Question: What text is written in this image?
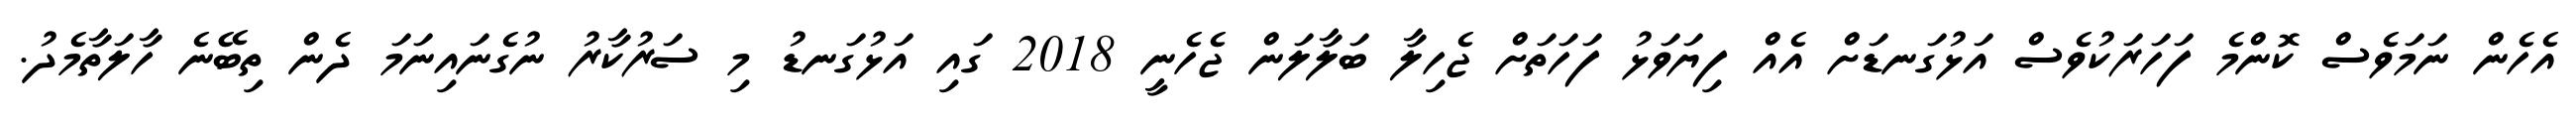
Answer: އެހެން ނަމަވެސް ކޮންމެ ފަހަރަކުވެސް އަޅުގަނޑަށް އެއް ފިޔަވަޅު ފަހަތަށް ޖެހިލާ ބަލާލަން ޖެހެނީ 2018 ގައި އަޅުގަނޑު މި ސަރުކާރު ނުގެނައިނަމަ ދެން ތިބޭނެ ހާލަތާމެދު.